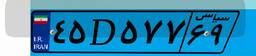
۰۷D۶۰۴۴۵